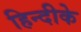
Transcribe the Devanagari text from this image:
हिन्दीके